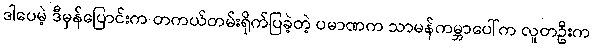
ဒါပေမဲ့ ဒီမှန်ပြောင်းက တကယ်တမ်းရိုက်ပြခဲ့တဲ့ ပမာဏက သာမန်ကမ္ဘာပေါ်က လူတဦးက